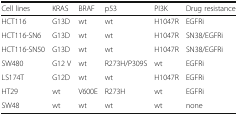
| Cell lines | KRAS | BRAF | p53 | PI3K | Drug resistance |
 | --- | --- | --- | --- | --- | --- |
 | HCT116 | G13D | wt | wt | H1047R | EGFRi |
 | HCT116-SN6 | G13D | wt | wt | H1047R | SN38/EGFRi |
 | HCT116-SN50 | G13D | wt | wt | H1047R | SN38/EGFRi |
 | SW480 | G12 V | wt | R273H/P309S | wt | EGFRi |
 | LS174T | G12D | wt | wt | H1047R | EGFRi |
 | HT29 | wt | V600E | R273H | wt | EGFRi |
 | SW48 | wt | wt | wt | wt | none |